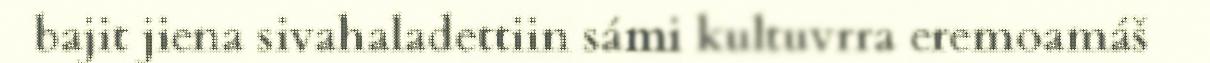
bajit jiena sivahaladettiin sámi kultuvrra eremoamáš